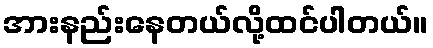
အားနည်းနေတယ်လို့ထင်ပါတယ်။